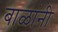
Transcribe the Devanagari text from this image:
बाळांनी